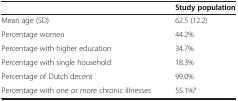
|  | Study population |
 | --- | --- |
 | Mean age (SD) | 62.5 (12.2) |
 | Percentage women | 44.2% |
 | Percentage with higher education | 34.7% |
 | Percentage with single household | 18.3% |
 | Percentage of Dutch decent | 99.0% |
 | Percentage with one or more chronic illnesses | 55.1%a |